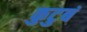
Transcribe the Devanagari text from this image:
कुटुबं